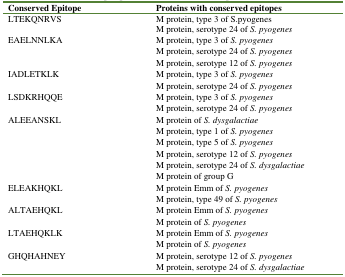
| Conserved Epitope | Proteins with conserved epitopes |
 | --- | --- |
 | LTEKQNRVS | M protein, type 3 of S.pyogenes |
 |  | M protein, serotype 24 of S. pyogenes |
 | EAELNNLKA | M protein, type 3 of S. pyogenes |
 |  | M protein, serotype 24 of S. pyogenes |
 |  | M protein, serotype 12 of S. pyogenes |
 | IADLETKLK | M protein, type 3 of S. pyogenes |
 |  | M protein, serotype 24 of S. pyogenes |
 | LSDKRHQQE | M protein, type 3 of S. pyogenes |
 |  | M protein, serotype 24 of S. pyogenes |
 | ALEEANSKL | M protein of S. dysgalactiae |
 |  | M protein, type 1 of S. pyogenes |
 |  | M protein, type 5 of S. pyogenes |
 |  | M protein, serotype 12 of S. pyogenes |
 |  | M protein, serotype 24 of S. dysgalactiae |
 |  | M protein of group G |
 | ELEAKHQKL | M protein Emm of S. pyogenes |
 |  | M protein, type 49 of S. pyogenes |
 | ALTAEHQKL | M protein Emm of S. pyogenes |
 |  | M protein of S. pyogenes |
 | LTAEHQKLK | M protein Emm of S. pyogenes |
 |  | M protein of S. pyogenes |
 | GHQHAHNEY | M protein, serotype 12 of S. pyogenes |
 |  | M protein, serotype 24 of S. dysgalactiae |